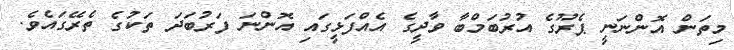
މިތަން އޮންނަނީ ޕެރޫގެ އުރުބަމްބާ ވާދީގެ އެއްފަޅީގައި އޮންނަ ފަރުބަދަ ތަކުގެ ތެރޭގައެވެ.